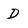
Character: D